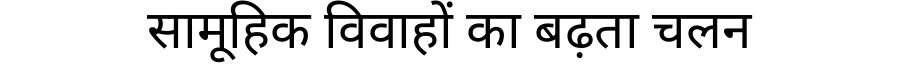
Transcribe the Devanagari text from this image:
सामूहिक विवाहों का बढ़ता चलन